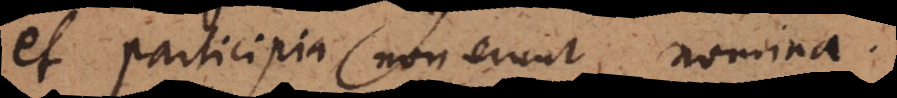
et participia non erunt nomina.